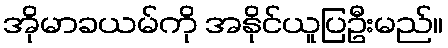
အိုမာခယမ်ကို အနိုင်ယူပြဦးမည်။